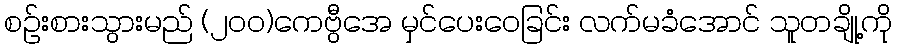
စဉ်းစားသွားမည် (၂၀၀)ကေဗွီအေ မှင်ပေးဝေခြင်း လက်မခံအောင် သူတချို့ကို